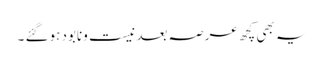
یہ بھی کچھ عرصہ بعد نیست ونابود ہوگئے ۔